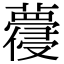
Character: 蘉